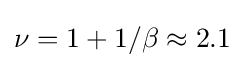
\nu =1+1/\beta \approx 2.1